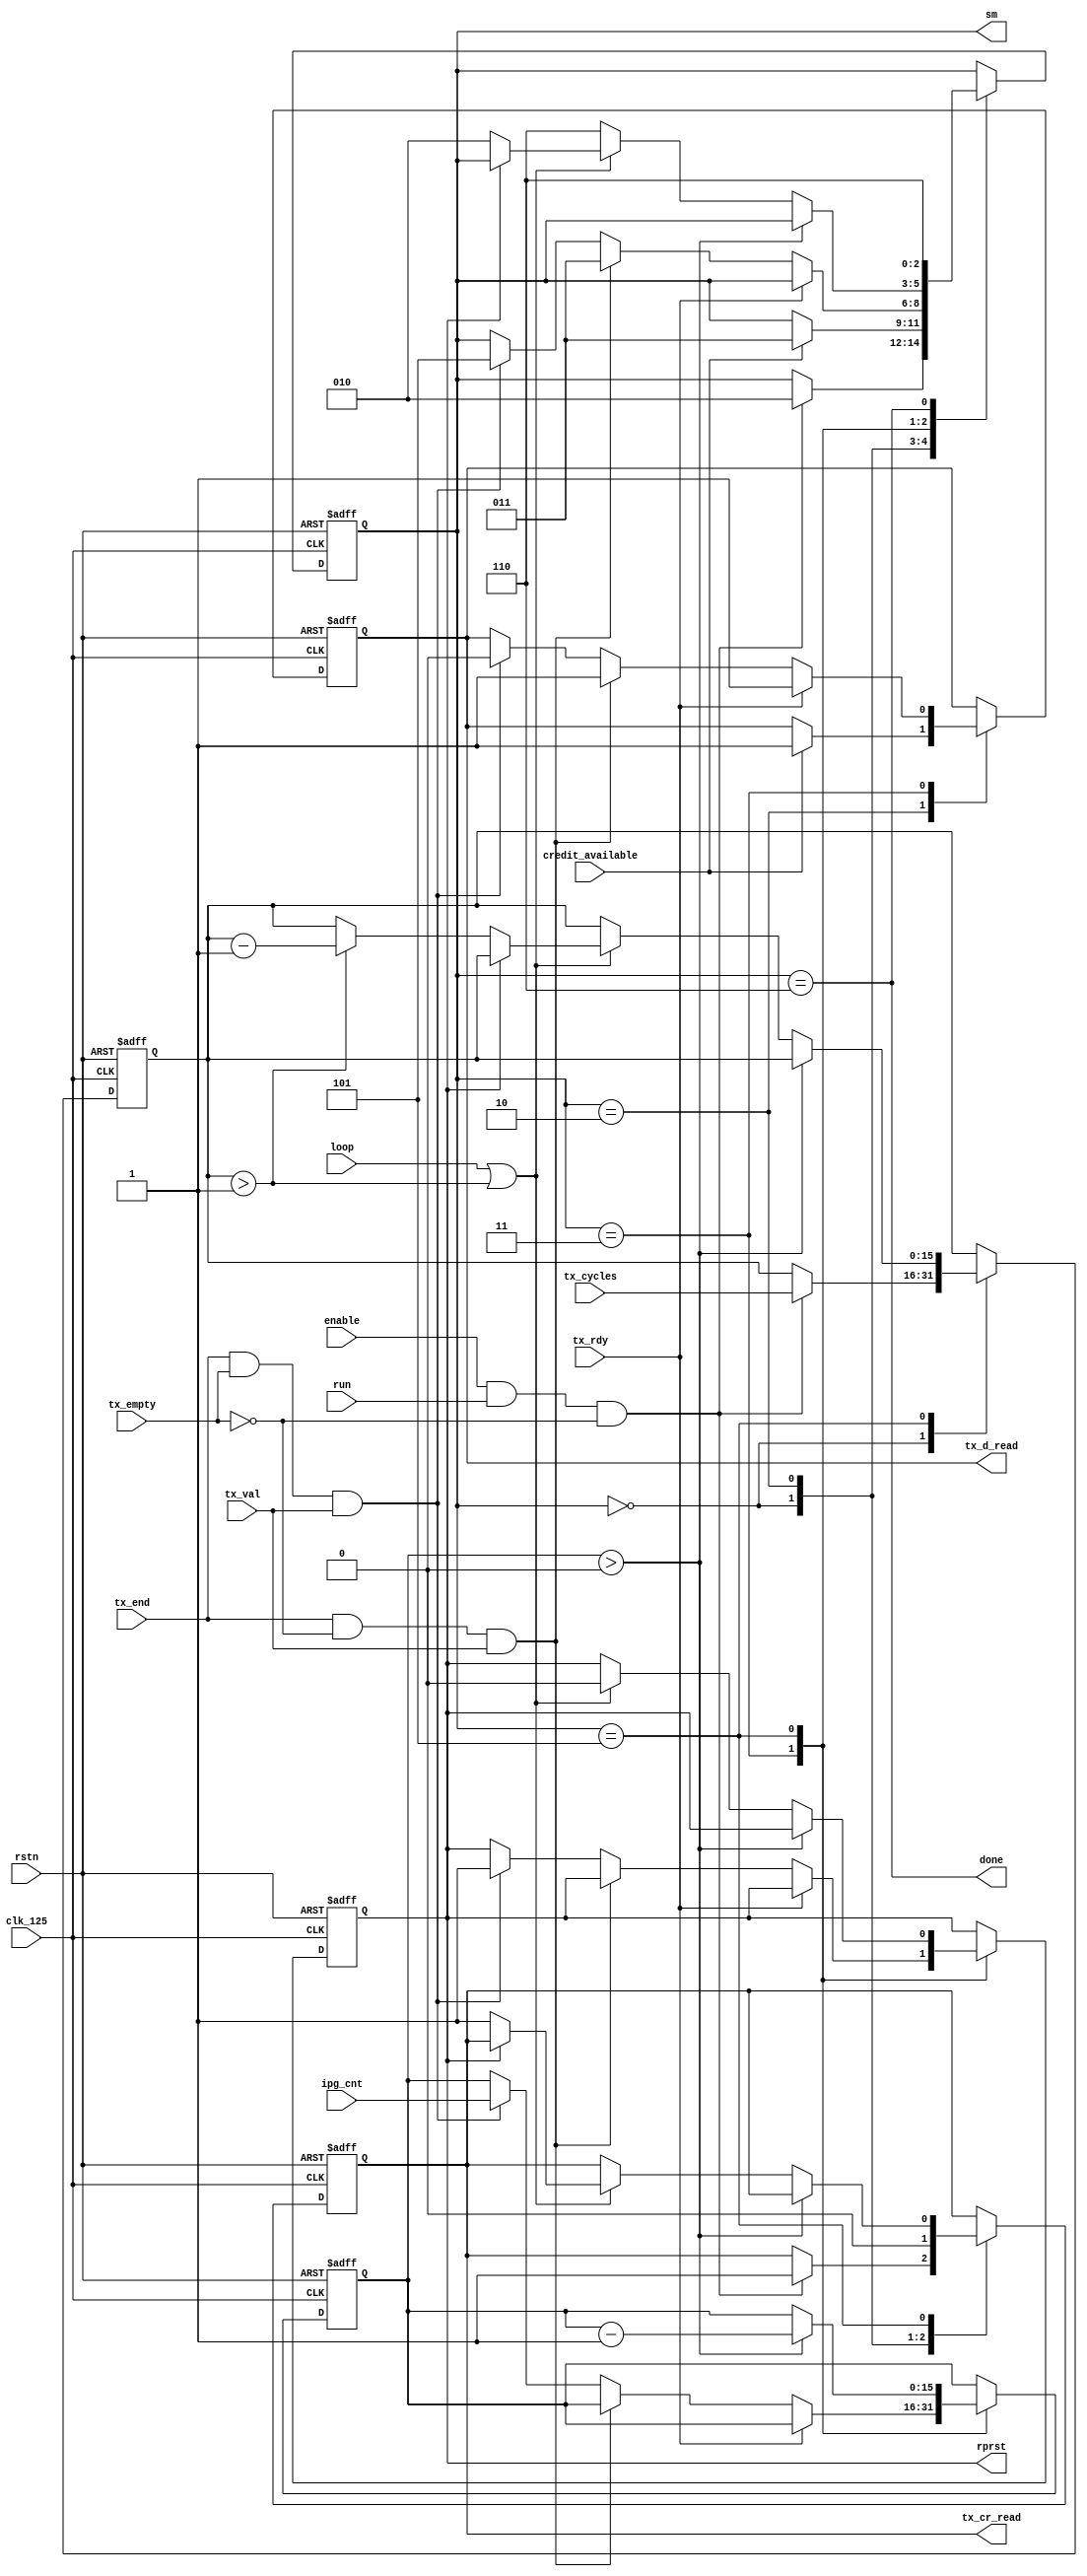
// $Id: sfif_ctrl.v,v 1.1.1.1 2008/07/01 17:34:22 jfreed Exp $

module sfif_ctrl(clk_125, rstn, 
                 rprst, enable, run, ipg_cnt, tx_cycles, loop,
                 tx_empty, tx_rdy, tx_val, tx_end, credit_available,
                 tx_cr_read, tx_d_read, done, sm
              
);                 
                 
input clk_125;
input rstn;
input enable;
input run;
input [15:0] ipg_cnt;
input [15:0] tx_cycles;
input loop;
input tx_empty;
input tx_rdy;
input tx_val;
input tx_end;
input credit_available;

output rprst;
output tx_cr_read, tx_d_read;
output done;
output [2:0] sm;

reg rprst;
reg tx_cr_read, tx_d_read;
reg [15:0] ipg;
reg [15:0] cycles;
reg tx_end_p;

reg [2:0] sm;
parameter IDLE = 3'b000,          
          CREDIT = 3'b010,
          SEND = 3'b011,
          RESET = 3'b101,
          DONE = 3'b110;          
          
assign done = (sm==DONE);          

always @(posedge clk_125 or negedge rstn)
begin
  if (~rstn)
  begin
    rprst <= 1'b0;
    sm <= IDLE;  
    tx_cr_read <= 1'b0;
    tx_d_read <= 1'b0;
    ipg <= 16'd0;
    cycles <= 16'd0;
    tx_end_p <= 1'b0;
  end
  else
  begin
    tx_end_p <= tx_end;    
    
    case (sm)    
    IDLE:
    begin
      if (enable && run && ~tx_empty)      
      begin
        sm <= CREDIT;                          
        tx_cr_read <= 1'b1;                
        cycles <= tx_cycles;
      end
    end    
    CREDIT:
    begin
      tx_cr_read <= 1'b0;
      if (credit_available)
      begin
        tx_d_read <= 1'b1;
        sm <= SEND;
      end      
    end
    SEND:
    begin
      if (tx_rdy) // the packet is being sent
      begin
        tx_d_read <= 1'b1; // this is only a gate to read data
      end        
      else if (tx_end && ~tx_empty && tx_val) // go send next TLP
      begin
        tx_d_read <= 1'b1;
        sm <= SEND;
      end
      else if (tx_end && tx_empty && tx_val) // all TLPs sent
      begin
        sm <= RESET;
        rprst <= 1'b1;
        tx_d_read <= 1'b0;
        ipg <= ipg_cnt;
      end      
    end    
    RESET:
    begin
      if (ipg>16'd0)
        ipg <= ipg - 1;
      else if (loop || (cycles>16'd1))
      begin
        if (rprst)
          rprst <= 1'b0;
        else
        begin
          rprst <= 1'b0;
          tx_cr_read <= 1'b1;
          sm <= CREDIT;
          if (cycles>16'd1) cycles <= cycles - 1;
        end
      end
      else
        sm <= DONE;
    end          
    DONE:
    begin
      sm <= DONE;    
    end
    default:
    begin      
    end    
    endcase
  
  end
end

endmodule